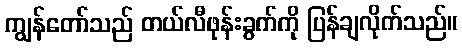
ကျွန်တော်သည် တယ်လီဖုန်းခွက်ကို ပြန်ချလိုက်သည်။